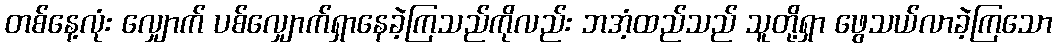
တစ်နေ့လုံး လျှောက် ပစ်လျှောက်ရှာနေခဲ့ကြသည်ကိုလည်း ဘအံ့ထည်သည် သူတို့ရှာ ဖွေသယ်လာခဲ့ကြသော